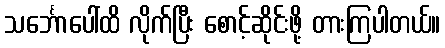
သင်္ဘောပေါ်ထိ လိုက်ပြီး စောင့်ဆိုင်းဖို့ တားကြပါတယ်။